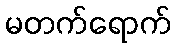
မတက်ရောက်